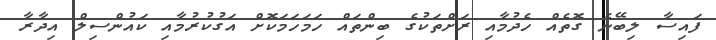
ފައިސާ ލިބޭނެ ގޮތެއް ހެދުމާއި ރަށްތަކުގެ ބިންތައް ހަމަހަމަކޮށް އަގުކުރުމާއި ކައުންސިލް އިދާރާ